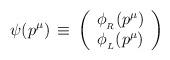
LaTeX: \begin{align*}\psi(p^\mu)\,\equiv\,\left(\begin{array}{c}\phi_{_R}(p^\mu)\\\phi_{_L}(p^\mu)\end{array}\right)\end{align*}